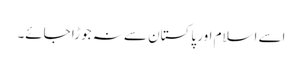
اسے اسلام اور پاکستان سے نہ جوڑا جائے۔